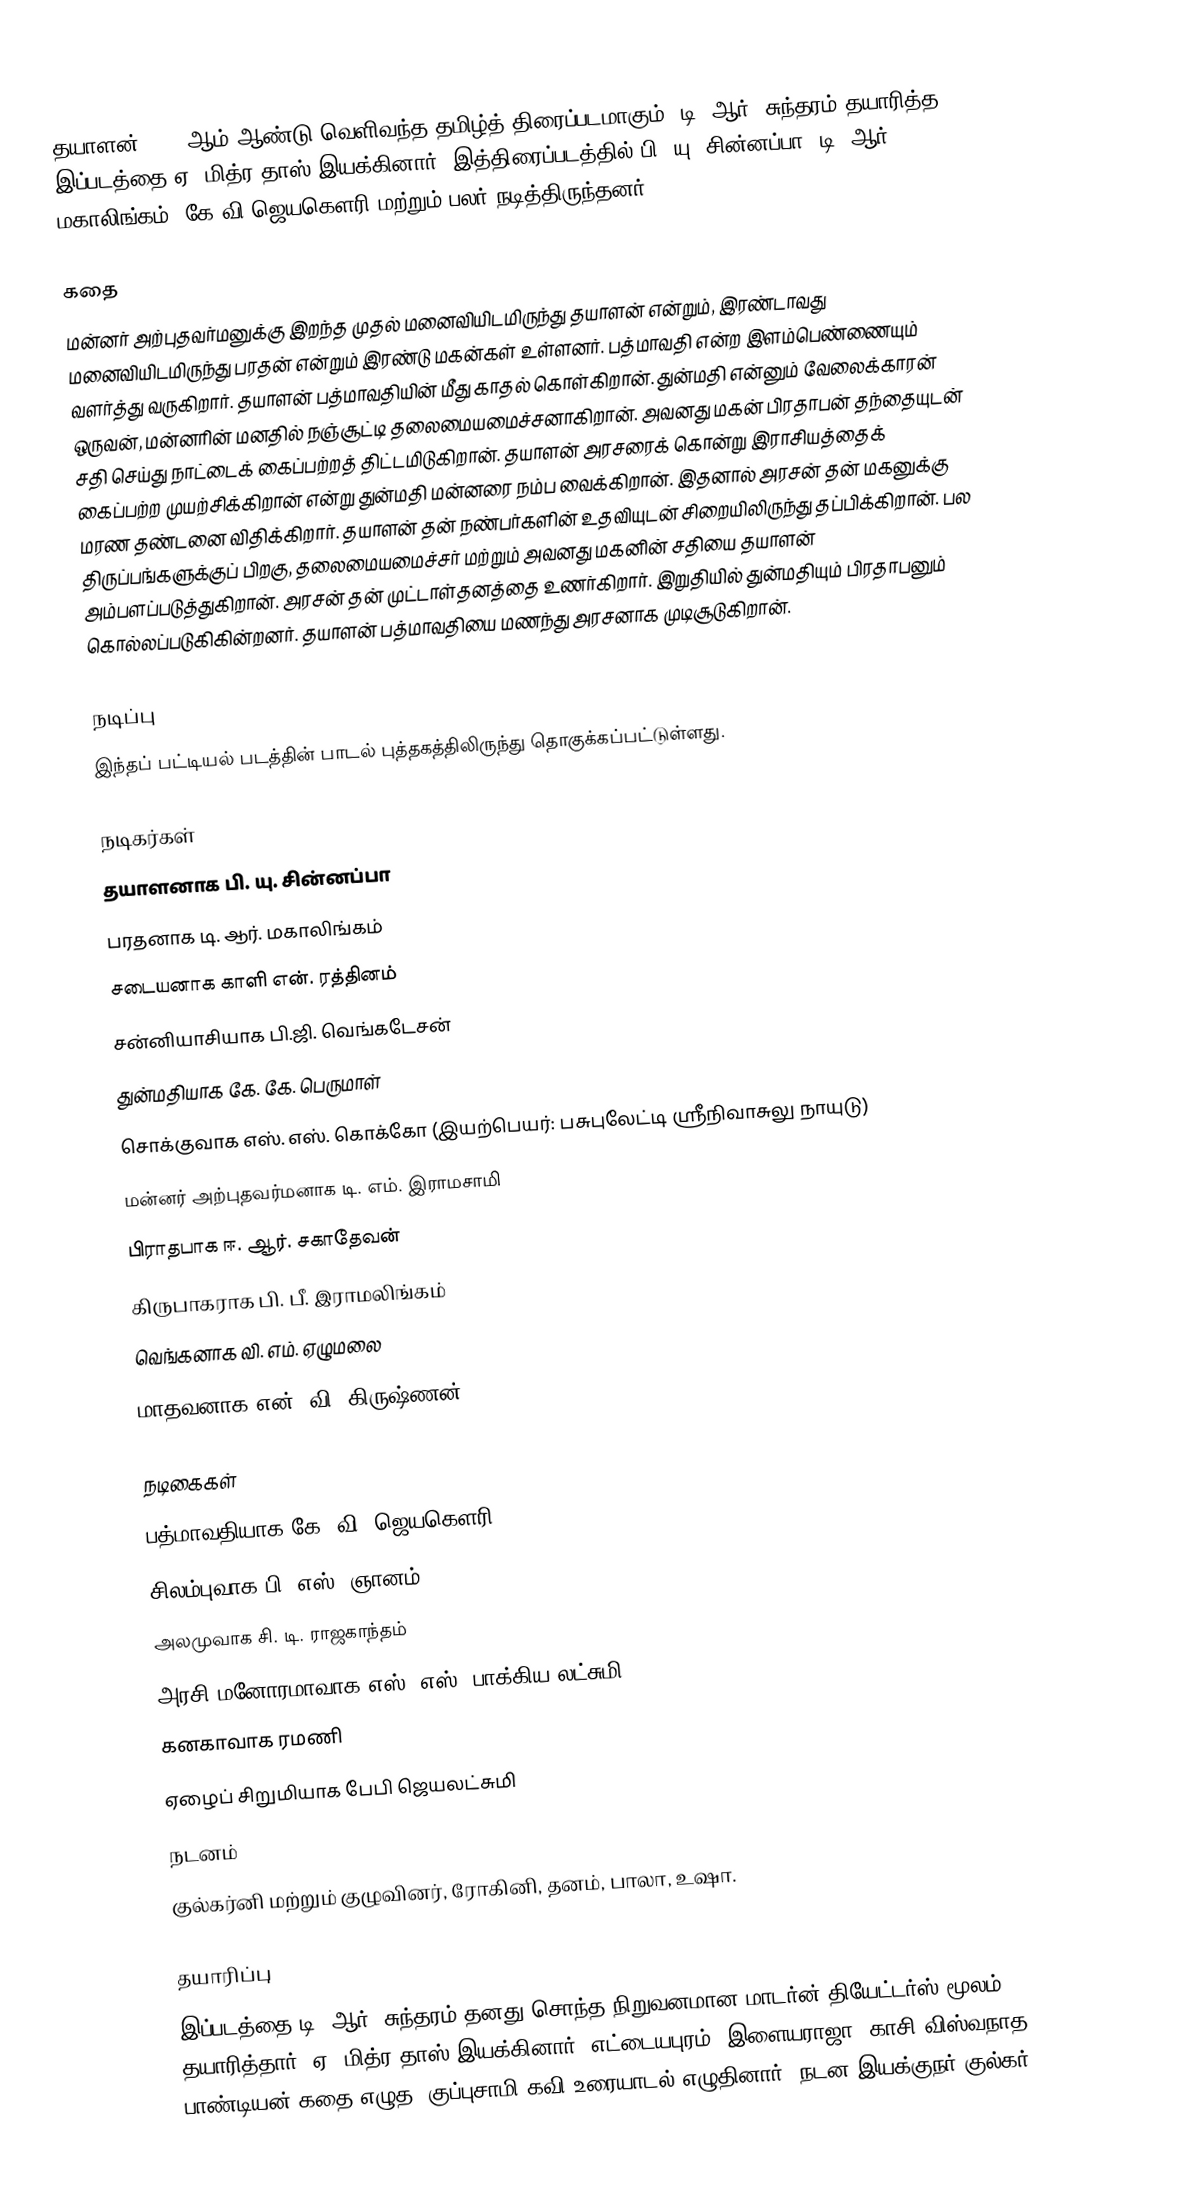
தயாளன் 1941 ஆம் ஆண்டு வெளிவந்த தமிழ்த் திரைப்படமாகும். டி. ஆர். சுந்தரம் தயாரித்த இப்படத்தை ஏ. மித்ர தாஸ் இயக்கினார்.  இத்திரைப்படத்தில் பி. யு. சின்னப்பா, டி. ஆர். மகாலிங்கம், கே.வி.ஜெயகௌரி மற்றும் பலர் நடித்திருந்தனர்.

கதை
மன்னர் அற்புதவர்மனுக்கு இறந்த முதல் மனைவியிடமிருந்து தயாளன் என்றும், இரண்டாவது மனைவியிடமிருந்து பரதன் என்றும் இரண்டு மகன்கள் உள்ளனர். பத்மாவதி என்ற இளம்பெண்ணையும் வளர்த்து வருகிறார். தயாளன் பத்மாவதியின் மீது காதல் கொள்கிறான். துன்மதி என்னும் வேலைக்காரன் ஒருவன், மன்னரின் மனதில் நஞ்சூட்டி தலைமையமைச்சனாகிறான். அவனது மகன் பிரதாபன் தந்தையுடன் சதி செய்து நாட்டைக் கைப்பற்றத் திட்டமிடுகிறான். தயாளன் அரசரைக் கொன்று இராசியத்தைக் கைப்பற்ற முயற்சிக்கிறான் என்று துன்மதி மன்னரை நம்ப வைக்கிறான். இதனால் அரசன் தன் மகனுக்கு மரண தண்டனை விதிக்கிறார். தயாளன் தன் நண்பர்களின் உதவியுடன் சிறையிலிருந்து தப்பிக்கிறான். பல திருப்பங்களுக்குப் பிறகு, தலைமையமைச்சர் மற்றும் அவனது மகனின் சதியை தயாளன் அம்பளப்படுத்துகிறான். அரசன் தன் முட்டாள்தனத்தை உணர்கிறார். இறுதியில் துன்மதியும் பிரதாபனும் கொல்லப்படுகிகின்றனர். தயாளன் பத்மாவதியை மணந்து அரசனாக முடிசூடுகிறான்.

நடிப்பு
இந்தப் பட்டியல் படத்தின் பாடல் புத்தகத்திலிருந்து தொகுக்கப்பட்டுள்ளது.

நடிகர்கள்
தயாளனாக பி. யு. சின்னப்பா
பரதனாக டி. ஆர். மகாலிங்கம்
சடையனாக காளி என். ரத்தினம்
சன்னியாசியாக பி.ஜி. வெங்கடேசன்
துன்மதியாக கே. கே. பெருமாள்
சொக்குவாக எஸ். எஸ். கொக்கோ (இயற்பெயர்: பசுபுலேட்டி ஸ்ரீநிவாசுலு நாயுடு)
மன்னர் அற்புதவர்மனாக டி. எம். இராமசாமி
பிராதபாக ஈ. ஆர். சகாதேவன்
கிருபாகராக பி. பீ. இராமலிங்கம்
வெங்கனாக வி. எம். ஏழுமலை
மாதவனாக என். வி. கிருஷ்ணன்

நடிகைகள்
பத்மாவதியாக கே. வி. ஜெயகௌரி
சிலம்புவாக பி. எஸ். ஞானம்
அலமுவாக சி. டி. ராஜகாந்தம்
அரசி மனோரமாவாக எஸ். எஸ். பாக்கிய லட்சுமி
கனகாவாக ரமணி
ஏழைப் சிறுமியாக பேபி ஜெயலட்சுமி
நடனம்
குல்கர்னி மற்றும் குழுவினர், ரோகினி, தனம், பாலா, உஷா.

தயாரிப்பு
இப்படத்தை டி. ஆர். சுந்தரம் தனது சொந்த நிறுவனமான மாடர்ன் தியேட்டர்ஸ் மூலம் தயாரித்தார். ஏ. மித்ர தாஸ் இயக்கினார். எட்டையபுரம் 'இளையராஜா' காசி விஸ்வநாத பாண்டியன் கதை எழுத. குப்புசாமி கவி உரையாடல் எழுதினார். நடன இயக்குநர் குல்கர்